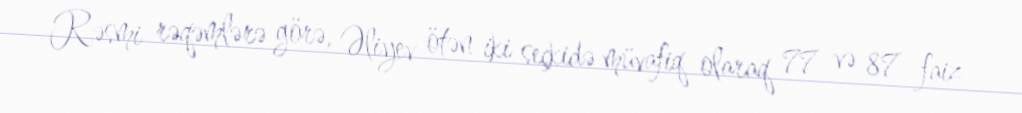
Rəsmi rəqəmlərə görə, Əliyev ötən iki seçkidə müvafiq olaraq 77 və 87 faiz